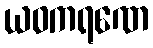
ယဝကရဏေ